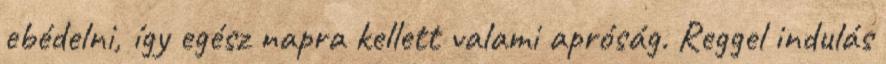
ebédelni, így egész napra kellett valami apróság. Reggel indulás